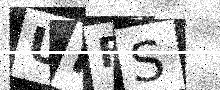
Text: UPFS